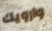
وارويك